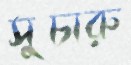
সুচারু